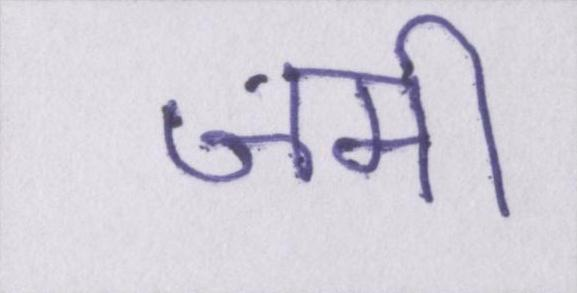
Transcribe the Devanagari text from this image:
जमी